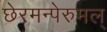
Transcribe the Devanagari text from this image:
छेरमन्पेरुमल्